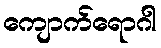
ကျောက်ရောဂါ